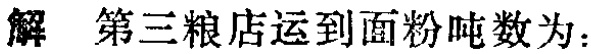
解 第三粮店运到面粉吨数为：